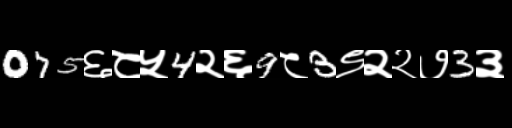
Text: 075६८५4२६9८3९२२७3३